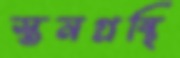
স্তনগ্রন্থি